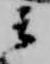
云